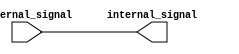
module io_buffer (
    input wire external_signal,
    output reg internal_signal
);

assign internal_signal = external_signal;

endmodule